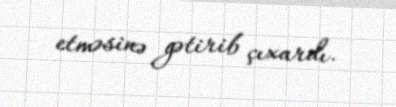
etməsinə gətirib çıxardı.